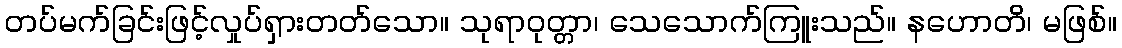
တပ်မက်ခြင်းဖြင့်လှုပ်ရှားတတ်သော။ သုရာဝုတ္တာ၊ သေသောက်ကြူးသည်။ နဟောတိ၊ မဖြစ်။